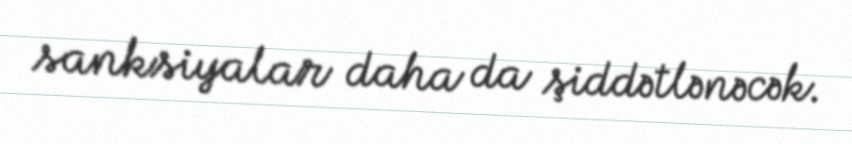
sanksiyalar daha da şiddətlənəcək.